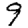
Digit: 9